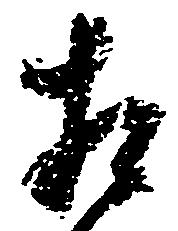
相